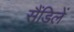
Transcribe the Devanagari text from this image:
सैंडिलें